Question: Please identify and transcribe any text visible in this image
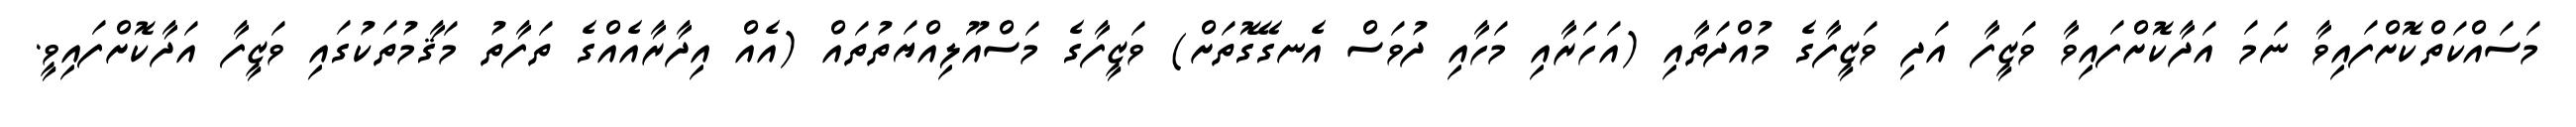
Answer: މަސައްކަތްކޮށްފައިވާ ނަމަ އަދާކޮށްފައިވާ ވަޒީފާ އަދި ވަޒީފާގެ މުއްދަތާއި (އަހަރާއި މަހާއި ދުވަސް އެނގޭގޮތަށް) ވަޒީފާގެ މަސްއޫލިއްޔަތުތައް (އެއް އިދާރާއެއްގެ ތަފާތު މަޤާމުތަކުގައި ވަޒީފާ އަދާކޮށްފައިވީ.